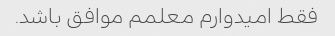
فقط امیدوارم معلمم موافق باشد.